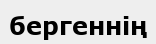
бергеннің